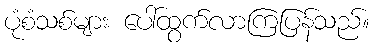
ပုံစံသစ်များ ပေါ်ထွက်လာကြပြန်သည်။